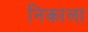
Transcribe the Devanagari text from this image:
निकाला